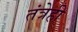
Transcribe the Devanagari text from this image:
तंत्रेही